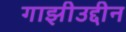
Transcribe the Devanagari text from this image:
गाझीउद्दीन